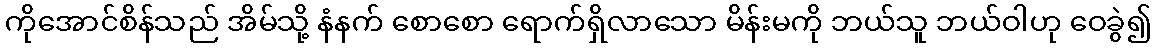
ကိုအောင်စိန်သည် အိမ်သို့ နံနက် စောစော ရောက်ရှိလာသော မိန်းမကို ဘယ်သူ ဘယ်ဝါဟု ဝေခွဲ၍